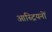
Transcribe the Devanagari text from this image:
आस्ट्रियनों